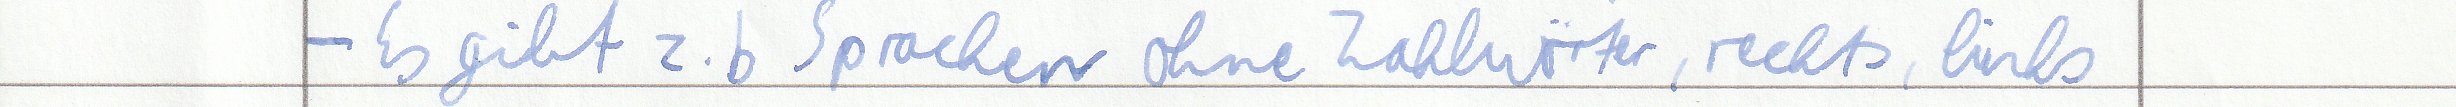
- Es gibt z.b Sprachen ohne Zahlwörter, rechts, links